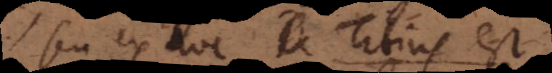
seu ex hoc Titius es